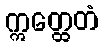
ဣတ္ထေတံ